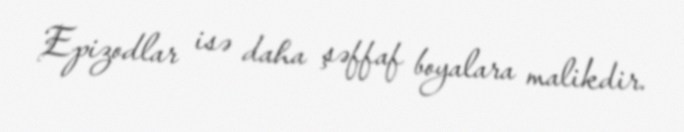
Epizodlar isə daha şəffaf boyalara malikdir.